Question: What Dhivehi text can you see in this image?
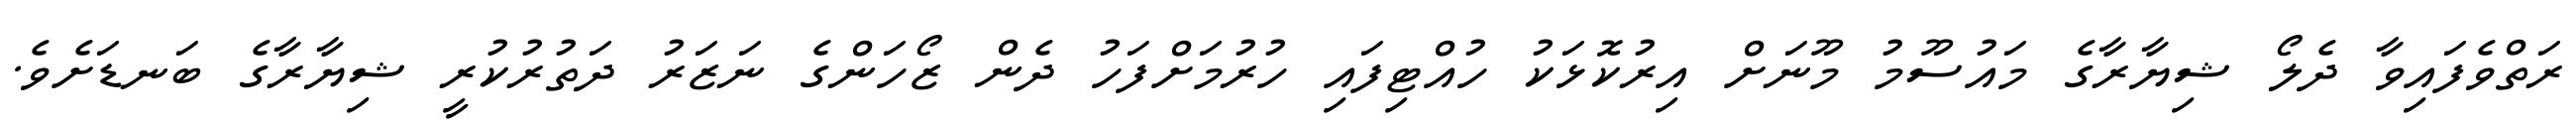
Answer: ރަތްވެފައިވާ ދެލޯ ޝިޔާރާގެ މައުސޫމު މޫނަށް އިރުކޮޅަކު ހުއްޓިފައި ހުރުމަށްފަހު ދެން ޒޯހަންގެ ނަޒަރު ދަތުރުކުރީ ޝިޔާރާގެ ބަނޑަށެވެ.